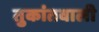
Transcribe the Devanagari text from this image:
तुकांतवाली